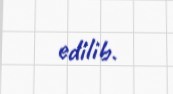
edilib.